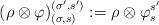
LaTeX: \begin{align*} (\rho \otimes \varphi)_{(\sigma,s)}^{(\sigma',s')} := \rho \otimes \varphi_{s}^{s'} \end{align*}